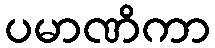
ပမာဏိကာ